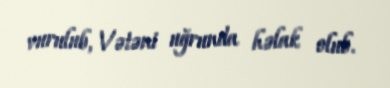
vurulub, Vətəni uğrunda həlak olub.